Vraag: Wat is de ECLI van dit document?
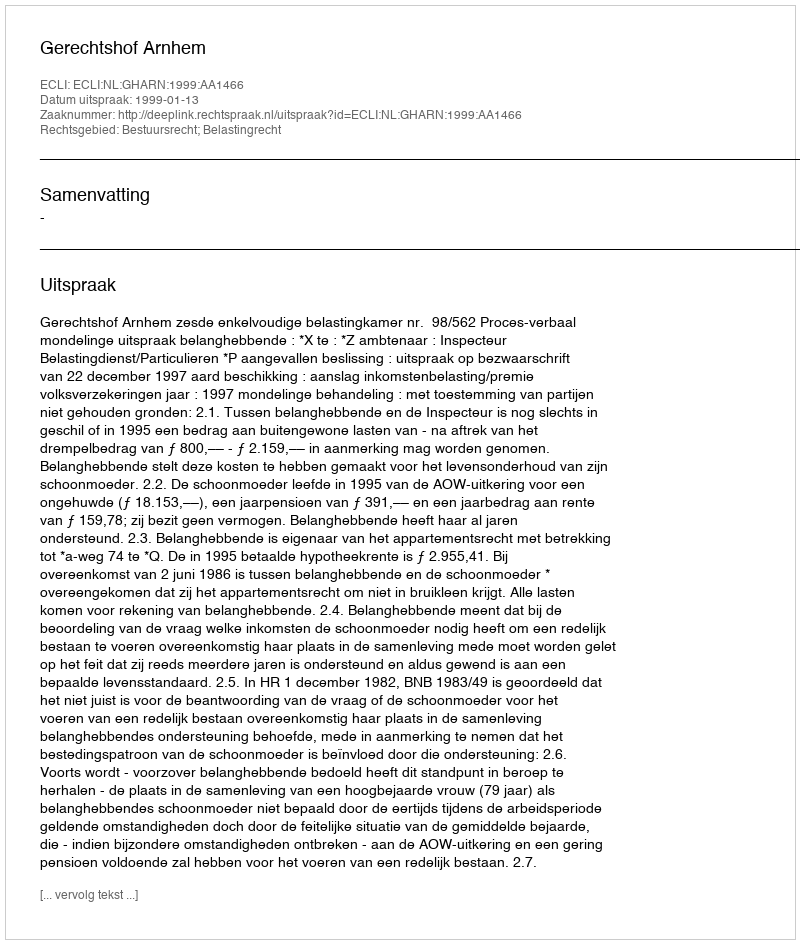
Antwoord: ECLI:NL:GHARN:1999:AA1466